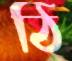
ঠি